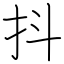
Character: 抖